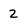
Character: 2